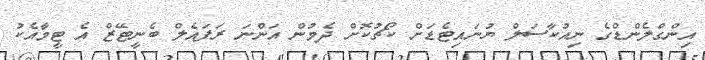
އިންގްލެންޑްގެ ނިއުކާސަލް ޔުނައިޓެޑަށް ކޯޗުކޮށް ދެމުން އަންނަ ރަފައެލް ބެނީޓޭޒް އެ ޓީމާއެކު